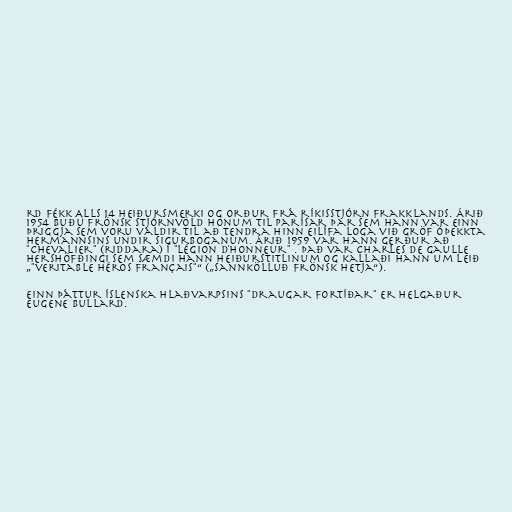
rd fékk Alls 14 heiðursmerki og orður frá ríkisstjórn Frakklands. Árið
1954 buðu frönsk stjórnvöld honum til Parísar þar sem hann var einn
þriggja sem voru valdir til að tendra hinn eilífa loga við gröf óþekkta
hermannsins undir Sigurboganum. Árið 1959 var hann gerður að
"Chevalier" (riddara) í "Légion d'honneur" . Það var Charles de Gaulle
hershöfðingi sem sæmdi hann heiðurstitlinum og kallaði hann um leið
„"veritable héros français"“ („sannkölluð frönsk hetja“).

Einn þáttur íslenska hlaðvarpsins "Draugar fortíðar" er helgaður
Eugene Bullard.